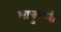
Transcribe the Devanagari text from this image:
भावुल्ली